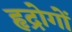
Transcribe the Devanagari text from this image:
हृद्रोगों